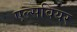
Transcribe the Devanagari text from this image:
एल्सवियर